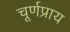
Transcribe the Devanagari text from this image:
चूर्णप्राय